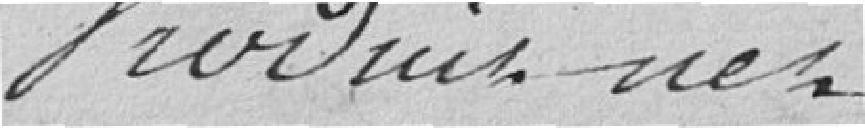
Produit net